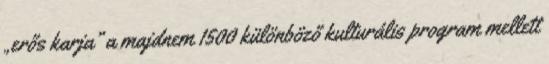
„erős karja” a majdnem 1500 különböző kulturális program mellett